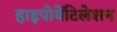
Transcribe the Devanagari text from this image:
हाइपोवेंटिलेशन